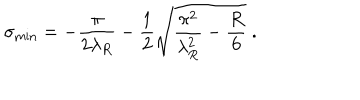
\sigma _ { \mathrm { m i n } } = - \frac { \pi } { 2 \lambda _ { R } } - \frac { 1 } { 2 } \sqrt { \frac { \pi ^ { 2 } } { \lambda _ { R } ^ { 2 } } - \frac { R } { 6 } } \; .